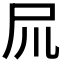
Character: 𡰭